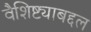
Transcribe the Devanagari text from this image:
वैशिष्ट्याबद्दल